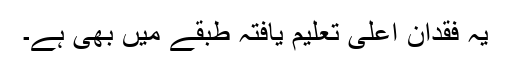
یہ فقدان اعلیٰ تعلیم یافتہ طبقے میں بھی ہے۔